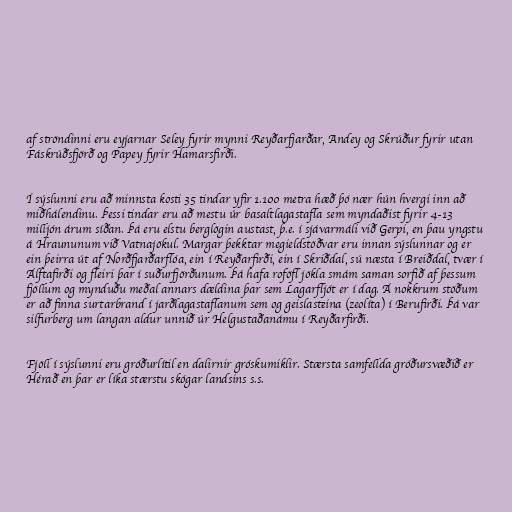
af ströndinni eru eyjarnar Seley fyrir mynni Reyðarfjarðar, Andey og Skrúður fyrir utan
Fáskrúðsfjörð og Papey fyrir Hamarsfirði.

Í sýslunni eru að minnsta kosti 35 tindar yfir 1.100 metra hæð þó nær hún hvergi inn að
miðhálendinu. Þessi tindar eru að mestu úr basaltlagastafla sem myndaðist fyrir 4-13
milljón árum síðan. Þá eru elstu berglögin austast, þ.e. í sjávarmáli við Gerpi, en þau yngstu
á Hraununum við Vatnajökul. Margar þekktar megieldstöðvar eru innan sýslunnar og er
ein þeirra út af Norðfjarðarflóa, ein í Reyðarfirði, ein í Skriðdal, sú næsta í Breiðdal, tvær í
Álftafirði og fleiri þar í suðurfjörðunum. Þá hafa roföfl jökla smám saman sorfið af þessum
fjöllum og mynduðu meðal annars dældina þar sem Lagarfljót er í dag. Á nokkrum stöðum
er að finna surtarbrand í jarðlagastaflanum sem og geislasteina (zeolíta) í Berufirði. Þá var
silfurberg um langan aldur unnið úr Helgustaðanámu í Reyðarfirði.

Fjöll í sýslunni eru gróðurlítil en dalirnir gróskumiklir. Stærsta samfellda gróðursvæðið er
Hérað en þar er líka stærstu skógar landsins s.s.